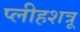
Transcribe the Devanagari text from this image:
प्लीहशत्रू